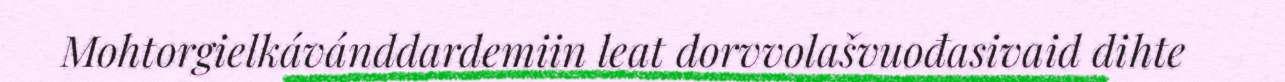
Mohtorgielkávánddardemiin leat dorvvolašvuođasivaid dihte